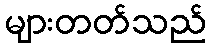
များတတ်သည်